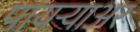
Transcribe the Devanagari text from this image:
पायर्‍याअर